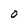
Character: O